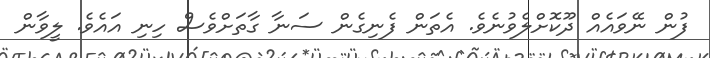
ފުން ނޭވައެއް ދޫކޮށްލެވުނެވެ. އެތަން ފެނިގެން ސަނާ ގާތަށްވެސް ހިނި އައެވެ. ލީވާން